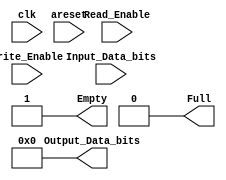
module FIFO_Tx
#(parameter DBits = 8
)
(
input [DBits-1:0]Input_Data_bits,
input clk ,
input areset ,
input Read_Enable,
input Write_Enable,
output reg [DBits-1:0]Output_Data_bits,
output  Empty,
output  Full
);

reg [DBits-1:0]FIFO_MEM[31:0];
reg [$clog2(32-1):0]rd_ptr,wr_ptr;
reg [5:0]FIFO_Count;

initial 
begin
           Output_Data_bits = 0;
           rd_ptr = 0;
           wr_ptr = 0;
           FIFO_Count = 0;
end

assign Empty = (FIFO_Count == 0);
assign Full = (FIFO_Count == 31);

always@(negedge areset)
begin 
         if(~areset)
           begin
           Output_Data_bits = 0;
           rd_ptr = 0;
           wr_ptr = 0;
           FIFO_Count = 0;
           end
end
always@(posedge clk)
begin
             if(Write_Enable && ~Full)
                begin
                FIFO_MEM[wr_ptr] <= Input_Data_bits ;
                wr_ptr <= wr_ptr + 1;
                end
             else if (Write_Enable && Read_Enable)
                begin
                FIFO_MEM[wr_ptr] <= Input_Data_bits ; 
                wr_ptr <= wr_ptr + 1;
                end
end
always@(posedge clk)
begin 
             if(Read_Enable && ~Empty)
                begin
                Output_Data_bits <= FIFO_MEM[rd_ptr] ;
                rd_ptr <= rd_ptr + 1;
                end
             else if (Write_Enable && Read_Enable)
                begin
                Output_Data_bits <= FIFO_MEM[rd_ptr] ;
                rd_ptr <= rd_ptr + 1;
                end
end
always @(posedge clk)
begin 
             case ({Write_Enable,Read_Enable})
                                              2'b00 : FIFO_Count <=FIFO_Count ;
                                              2'b01 : FIFO_Count <= FIFO_Count == 0 ?  0 :FIFO_Count - 1 ;
                                              2'b10 : FIFO_Count <= FIFO_Count == 31 ? 31 :FIFO_Count + 1 ;
                                              2'b11 : FIFO_Count <=FIFO_Count ;
                                              default : FIFO_Count <=FIFO_Count ;
             endcase
end


endmodule